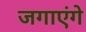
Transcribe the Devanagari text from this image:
जगाएंगे